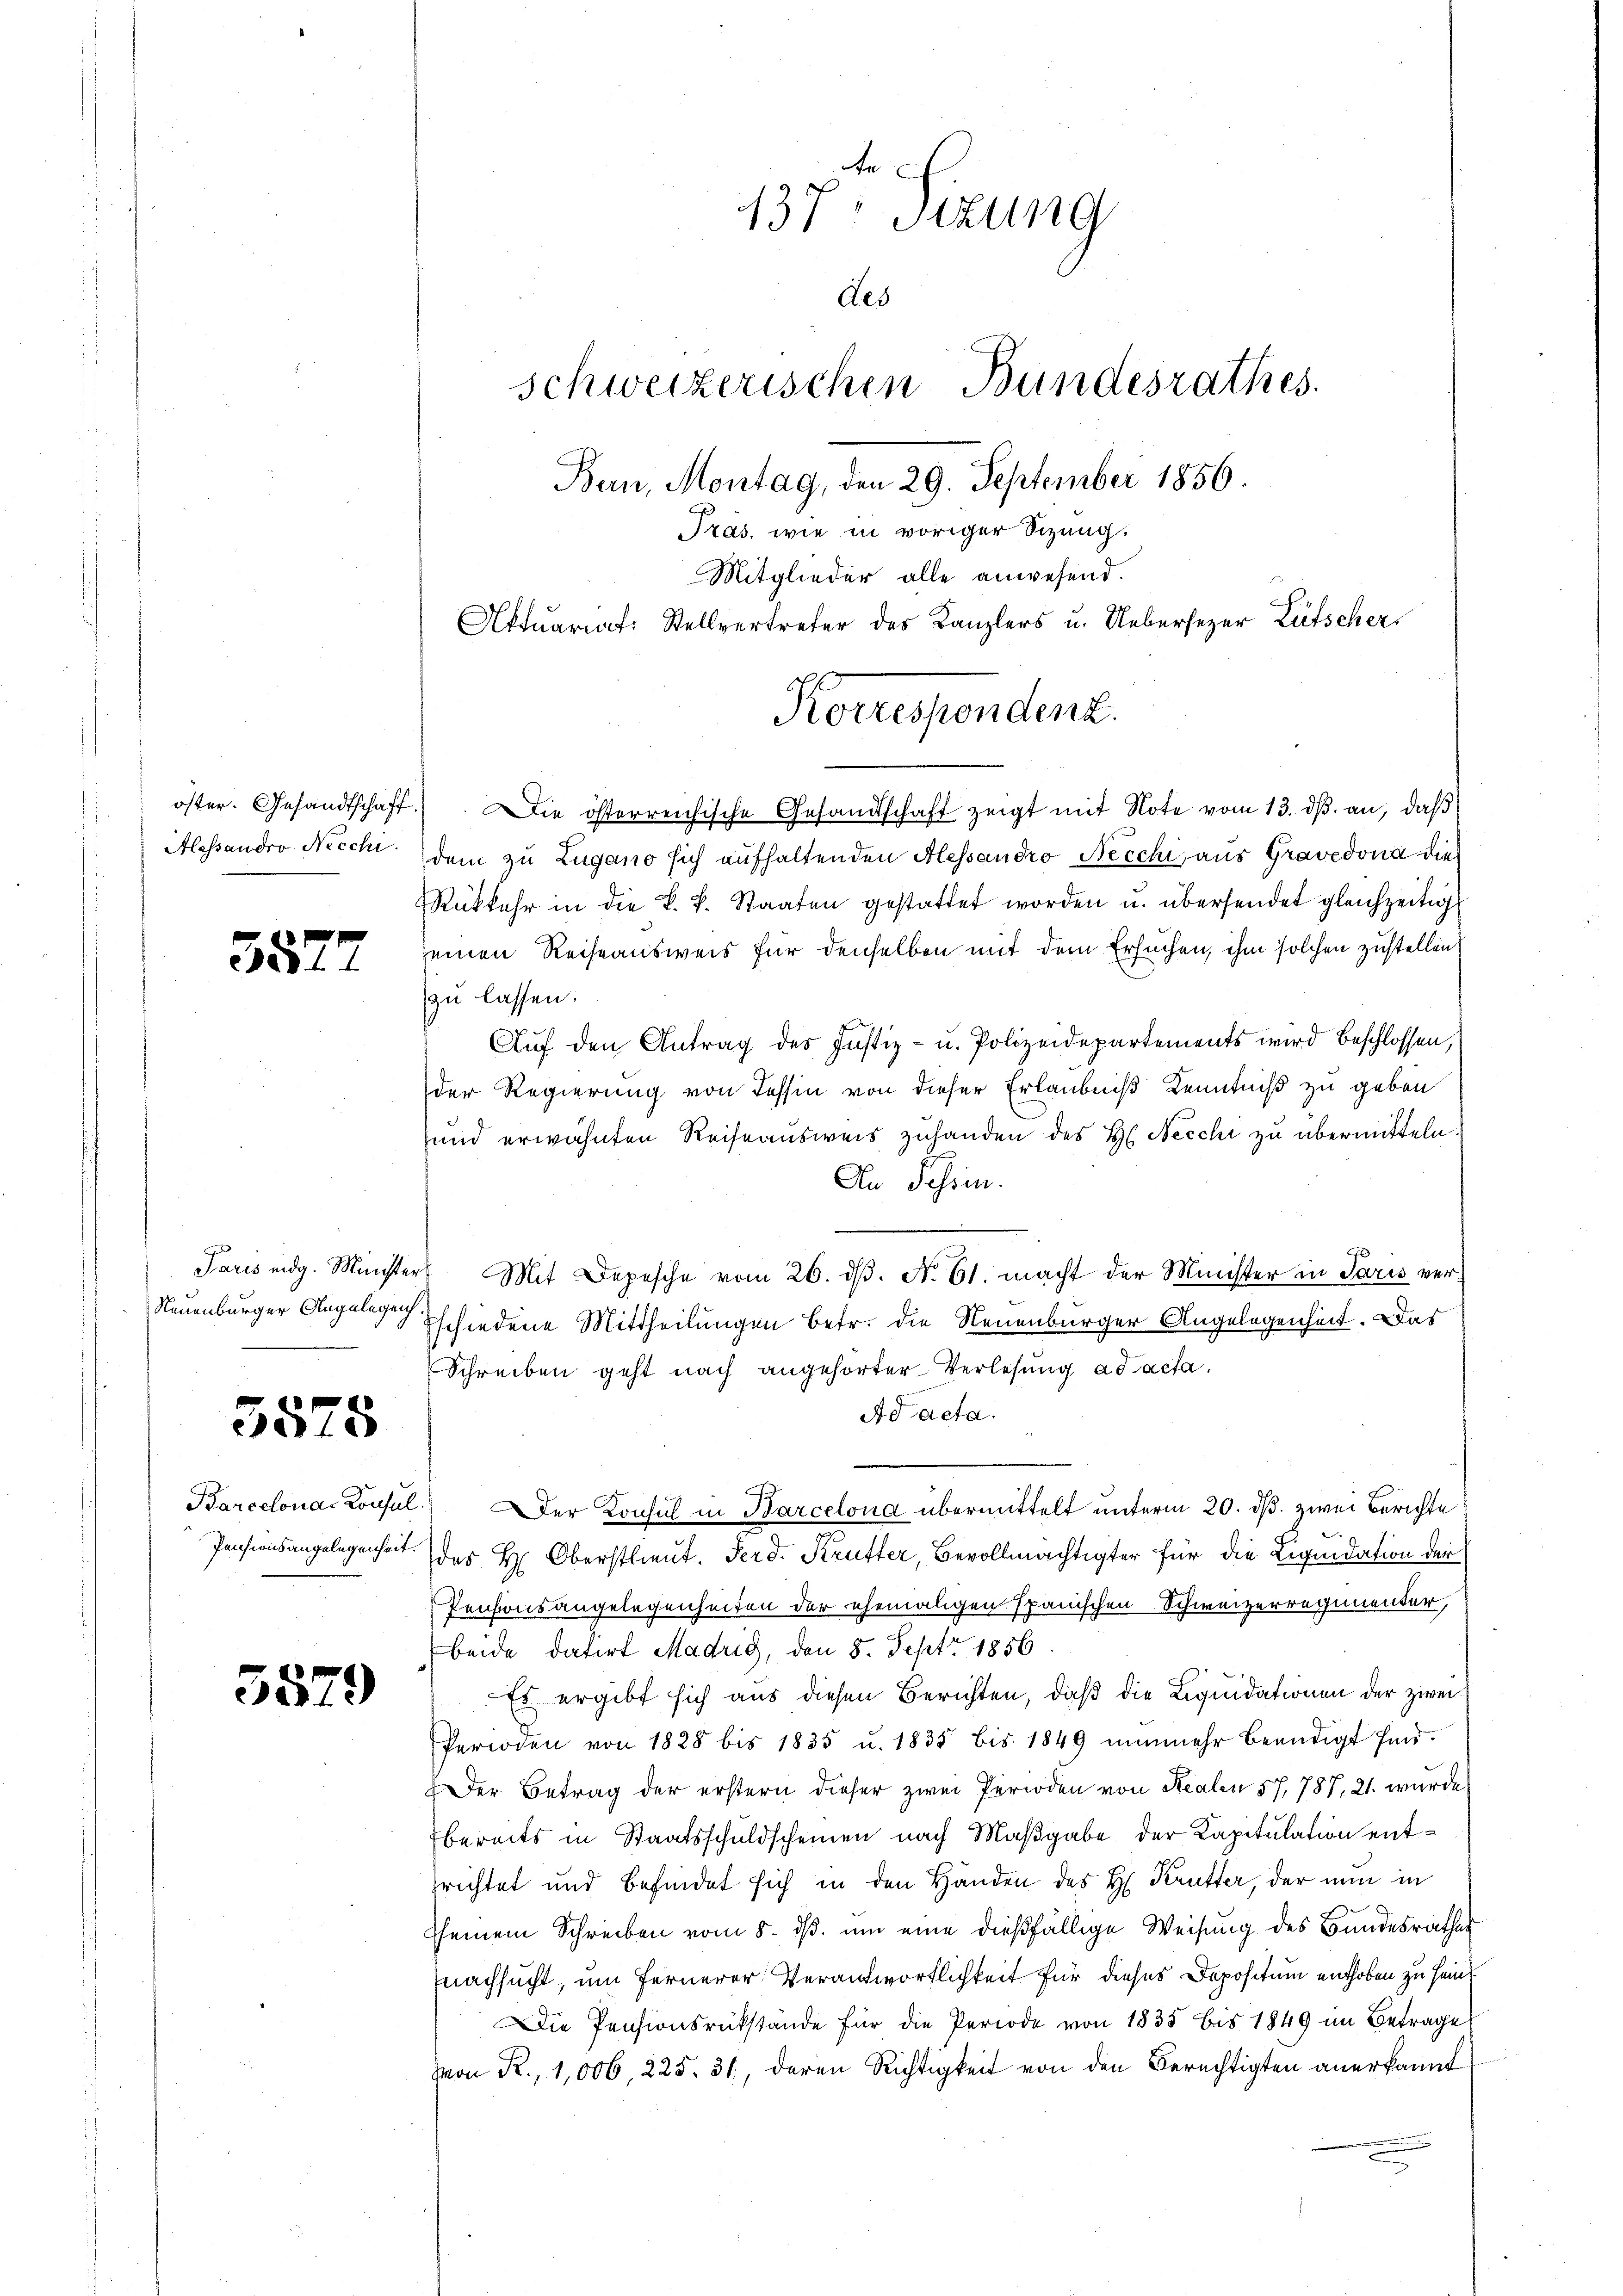
öster. Gesandtschaft.
Alessandro Necchi.

3527

Neuenburger Angelegenh

3575

Barcelonas Konsul
Pensionsangelegenheit.

3579

137. Sizung
des
schweizerischen Bundesrathes.
Ban, Montag, den 29. September 1856.
Tras, wie in voriger Sizung.
Mitglieder alle anwesend.
Aktuariat: Stellvertreter des Kanzlers u. Uebersezer, Lütscher

Korrespendenz.

Die österreichische Gesandtschaft zeigt mit Note vom 13. dβ an, daß
dem zu Zugano sich aufhaltenden Alessandro Necchi, aus Gravedona die
Rükkehr in die k. k. Staaten gestattet worden u. übersendet gleichzeitig
seinen Reiseausweis für denselben mit dem Ersuchen, ihm solchen zustellen
zu lassen.
Auf den Antrag des Justiz- u. Polizeidepartements wird beschlossen,
der Regierung von Tessin von dieser Erlaubniß Kenntniß zu geben
und erwähnten Reiseausweis zuhanden des H. Necchi zu übermitteln.
An Tessin.
Paris eidg. Münster Mit Depesche vom 26. dβ. N. 61. macht der Minister in Paris verschiedene Mittheilungen betr. die Neuenburger Angelegenheit. Das
Schreiben geht nach angehörter Verlesung ad acta.
Ad acta.
2.) Der Konsul in Barcelona übermittelt unterm 20. ds. zwei Berichte
des H. Oberstlieut. Ferd. Krutter, Bevollmächtigter für die Liquidation der
Pensionsangelegenheiten der ehemaligen Spanischen Schweizerregimender,
beide datirt Madrig, den 8. Sept. 1856
Es ergibt sich aus diesen Berichten, daß die Liquidationen der zwei¬
Perioden von 1828 bis 1835 u. 1835 bis 1849 nŭnmehr beendigt sind.
Der Betrag der erstern dieser zwei Perioden von Realen 57. 787, 21. wurde
bereits in Staatsschuldscheinen nach Maßgabe der Kapitulation entsrichtet und befindet sich in den Händen des H. Krutter, der nun in
sseinem Schreiben vom 8. dβ. um eine dießfällige Weisung des Bundesrathes
nachsucht, um Fernerer Verantwortlichkeit für dieses Depositum enthoben zu sein
Die Pensionsrükstände für die Periode von 1835 bis 1849 im Betrage
Von R., 1,006, 225. 31, deren Richtigkeit von den Berechtigten anerkannt